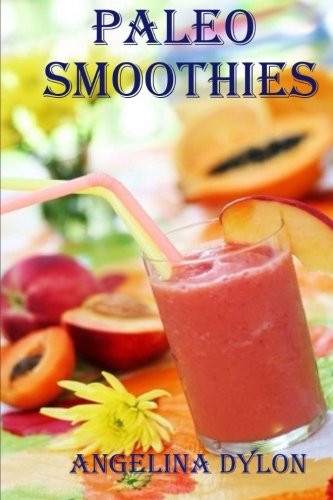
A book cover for Paleo Smoothies: Recipes to Energize And For Weight Loss; Angelina Dylon; Cookbooks, Food & Wine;